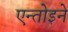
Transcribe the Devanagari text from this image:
एन्तोइने